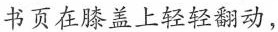
书页在膝盖上轻轻翻动，